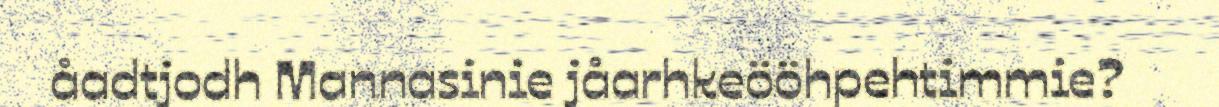
åadtjodh Mannasinie jåarhkeööhpehtimmie?